Vaccination United Provinces of Agra and Oudh 1914-1922 - 1914-1922
Year: 1914
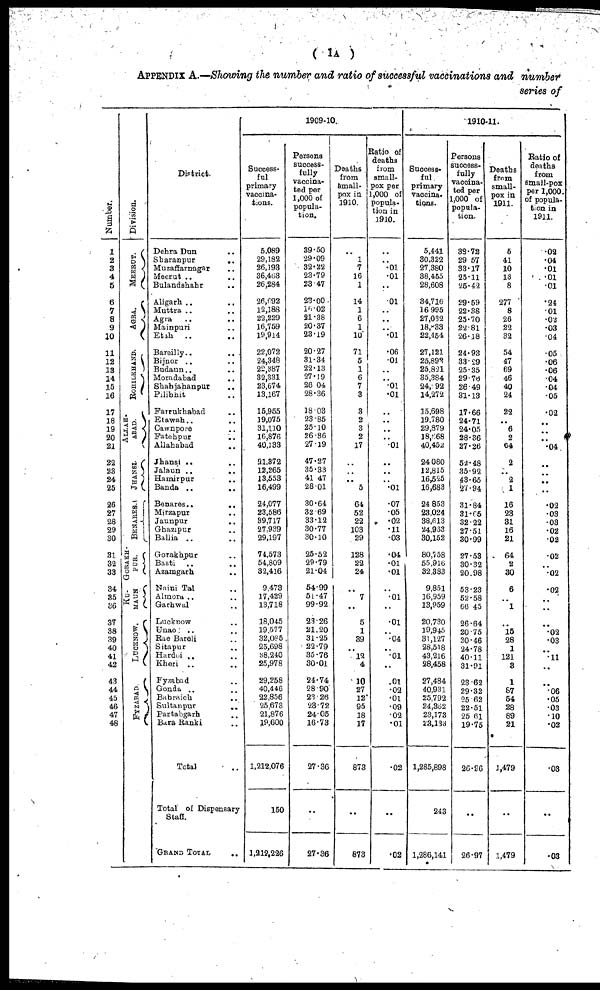
( 1A )
APPENDIX A.—Showing the number and ratio of successful vaccinations and number
series of
Number.
1
2
3
4
5
6
7
8
9
10
11
12
13
14
15
16
17
18
19
20
21
22
23
24
25
26
27
28
29
30
31
32
33
34
35
36
37
38
39
40
41
42
43
44
45
46
47
48
Division.
MEERUT.
AGRA.
ROHILKHAND.
ALLAH-
----.
JHANSI.
BENARES.
GORAKH-
PUR.
KU-
MAUN
LUCKNOW.
FYZABAD.
District.
Dehra Dun ..
Sharanpur
..
Muzaffarnagar ..
Meerut ..
Bulandshahr ..
Aligarh ..
Muttra .. ..
Agra .. ..
Mainpuri ..
Etah
.. ..
Bareilly..
..
Bijnor .. ..
Budaun .. ..
Moradabad ..
Shahjahanpur ..
Pilibhit ..
Farrukhabad ..
Etawah.. ..
Cawnpore ..
Fatehpur ..
Allahabad ..
Jhansi .. ..
Jalaun .. ..
Hamirpur ..
Banda ..
..
Benares..
..
Mirzapur ..
Jaunpur ..
Ghazipur ..
Ballia .. ..
Gorakhpur ..
Basti .. ..
Azamgarh ..
Naini Tal ..
Almora .. ..
Garhwal ..
Lucknow ..
Unao .. ..
Rae Bareli ..
Sitapur ..
Hardoi .. ..
Kheri .. ..
Fyzabad ..
Gonda .. ..
Bahraich ..
Sultanpur
..
Partabgarh ..
Bara Banki ..
Total ..
Total of Dispensary
Staff.
GRAND TOTAL ..
1909-10.
Success-
ful
primary
Vaccina-
tions.
5,089
29,182
26,193
36,463
26,284
26,692
12,188
22,229
16,759
19,914
22,072
24,348
22,387
32,331
23,674
13,167
15,955
19,075
31,110
16,876
40,133
11,372
12,265
13,553
16,499
24,077
23,586
39,717
27,939
29,197
74,573
54,809
32,416
9,473
17,429
13,718
18,045
19,577
32,085
25,698
38,240
25,978
29,258
40,446
22,856
25,673
21,876
19,600
1,212,076
150
1,212,226
Persons
success-
fully
vaccina-
ted per
1,000 of
popula-
tion.
39.50
29.09
32.22
23.79
23.47
23.00
16,02
21.38
20.37
23.19
20.27
31.34
22.13
27.19
26.04
28.36
18.03
23.85
25.10
26.36
27.19
47.27
35.33
41.47
28.01
30.64
32.69
33.12
30.77
30.10
25.52
29.79
21.04
54.99
51.47
99.92
23.26
21.20
31.25
22.79
35.76
30.01
24.74
28.90
23.26
23.72
24.05
16.73
27.36
..
27.36
Deaths
from
Small-
pox in
1910.
..
1
7
16
1
14
1
6
1
10
71
5
1
6
7
3
3
2
3
2
17
..
..
..
5
64
52
22
103
29
128
22
24
..
7
..
5
1
39
..
12
4
10
27
12
95
18
17
873
..
873
Ratio of
deaths
from
small-
pox per
1,000 of
popula-
tion in
1910.
..
..
.01
.01
..
.01
..
..
..
.01
.06
.01
..
..
.01
.01
..
..
..
..
.01
..
..
..
.01
.07
.05
.02
.11
.03
.04
.01
.01
..
.01
..
.01
..
.04
..
.01
..
.01
.02
.01
.09
.02
.01
.02
..
.02
1910-11.
Success-
ful
primary
vaccina-
tions.
5,441
30,322
27,380
38,455
28,608
34,716
16,995
27,032
18,833
22,454
27,121
25,892
25,821
35,384
24,992
14,272
15,698
19,780
29,879
18,668
40,452
24,080
12,815
16,525
16,683
24,853
23,024
38,613
24,953
30,152
80,758
55,916
32,383
9,851
16,959
13,959
20,730
19,945
31,127
28,518
43,216
28,458
27,484
40,931
25,792
24,362
23,173
23,133
1,285,898
243
1,286,141
Persons
success-
fully
vaccina-
ted per
1,000 of
popula-
tion.
38.72
29.57
33.17
25.11
25.42
29.59
22.38
25.70
22.81
26.18
24.93
33.29
25.35
29.78
26.49
31.13
17.66
24.71
24.05
28.36
27.26
52.48
35.92
43.65
27.94
31.84
31.65
32.22
27.51
30.99
27.53
30.32
20.98
53.23
52.58
66.45
26.64
20.75
30.46
24.78
40.11
31.91
23.62
29.32
25.62
22.51
25.61
19.75
26.86
..
26.97
Deaths
from
small-
pox in
1911.
5
41
10
13
8
277
8
26
22
32
54
47
69
46
40
24
22
..
6
2
64
2
..
2
1
16
23
31
16
21
64
2
30
6
..
1
..
15
28
1
121
3
1
87
54
28
89
21
1,479
..
1,479
Ratio of
deaths
from
small-pox
per 1,000,
of popula-
tion in
1911.
.02
.04
.01
.01
.01
.24
.01
.02
.03
.04
.05
.06
.06
.04
.04
.05
.02
..
..
..
.04
..
..
..
..
.02
.03
.03
.02
.02
.02
..
.02
.02
..
..
..
.02
.03
..
.11
..
..
.06
.05
.03
.10
.02
.03
..
.03